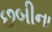
છબીના